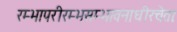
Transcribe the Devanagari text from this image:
रम्भापरीरम्भसम्भावनाधीरचेताः